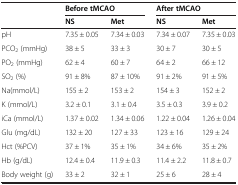
|  | <COLSPAN=2> Before tMCAO | <COLSPAN=2> After tMCAO |
 |  | NS | Met | NS | Met |
 | --- | --- | --- | --- | --- |
 | pH | 7.35 ± 0.05 | 7.34 ± 0.03 | 7.34 ± 0.07 | 7.35 ± 0.03 |
 | PCO2 (mmHg) | 38 ± 5 | 33 ± 3 | 30 ± 7 | 30 ± 5 |
 | PO2 (mmHg) | 62 ± 4 | 60 ± 7 | 64 ± 2 | 66 ± 12 |
 | SO2 (%) | 91 ± 8% | 87 ± 10% | 91 ± 2% | 91 ± 5% |
 | Na(mmol/L) | 155 ± 2 | 153 ± 2 | 154 ± 3 | 152 ± 2 |
 | K (mmol/L) | 3.2 ± 0.1 | 3.1 ± 0.4 | 3.5 ± 0.3 | 3.9 ± 0.2 |
 | iCa (mmol/L) | 1.37 ± 0.02 | 1.34 ± 0.06 | 1.22 ± 0.04 | 1.26 ± 0.04 |
 | Glu (mg/dL) | 132 ± 20 | 127 ± 33 | 123 ± 16 | 129 ± 24 |
 | Hct (%PCV) | 37 ± 1% | 35 ± 1% | 34 ± 6% | 35 ± 2% |
 | Hb (g/dL) | 12.4 ± 0.4 | 11.9 ± 0.3 | 11.4 ± 2.2 | 11.8 ± 0.7 |
 | Body weight (g) | 33 ± 2 | 32 ± 1 | 25 ± 6 | 28 ± 4 |